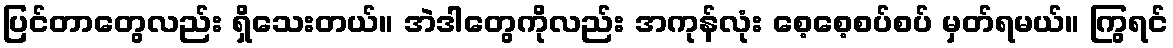
ပြင်တာတွေလည်း ရှိသေးတယ်။ အဲဒါတွေကိုလည်း အကုန်လုံး စေ့စေ့စပ်စပ် မှတ်ရမယ်။ ကြွရင်